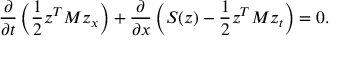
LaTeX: \frac { \partial } { \partial t } \left( \frac { 1 } { 2 } z ^ { T } M z _ { x } \right) + \frac { \partial } { \partial x } \left( S ( z ) - \frac { 1 } { 2 } z ^ { T } M z _ { t } \right) = 0 .